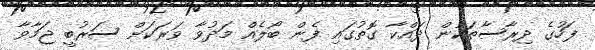
ފަހުގެ ދިރާސާތަކުން ދައްކާ ގޮތުގައި ފެން ބޯލެއް މަދުވާ ވަރަކަށް ސަރުބީ ޖަމާވާ